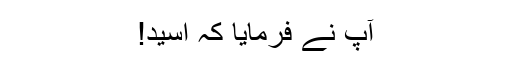
آپؐ نے فرمایا کہ اُسید!